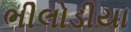
ભીલોડીયા